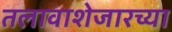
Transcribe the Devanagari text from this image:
तलावाशेजारच्या